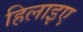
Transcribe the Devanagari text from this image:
हिलाइए